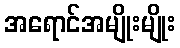
အရောင်အမျိုးမျိုး